Civil Veterinary Dept. Assam report 1927-50 - 1927-1950
Year: 1927
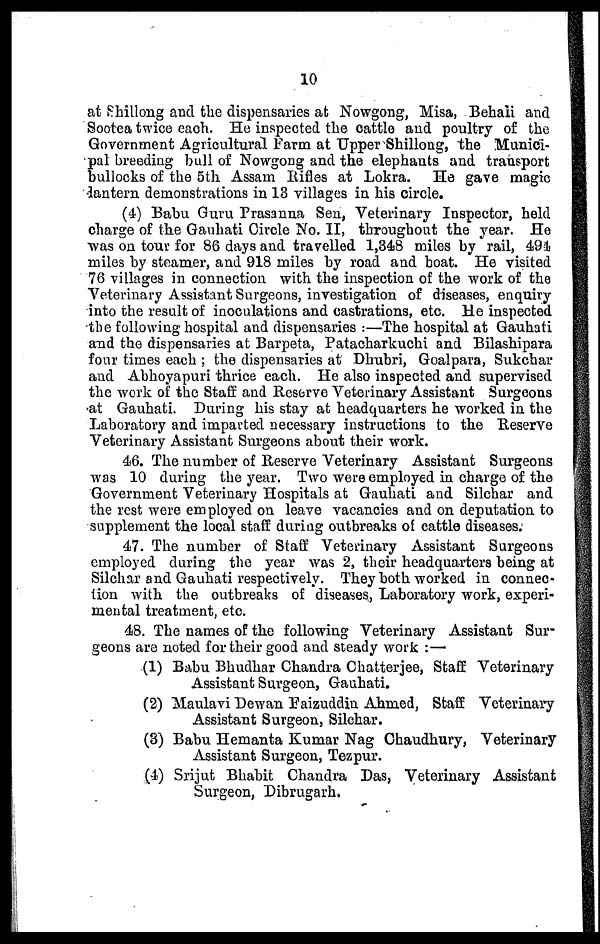
10
at Shillong and the dispensaries at Nowgong, Misa, Behaii and
Sootea twice each. He inspected the cattle and poultry of the
Government Agricultural Farm at Upper Shillong, the Munici-
pal breeding bull of Nowgong and the elephants and transport
bullocks of the 5th Assam Rifles at Lokra. He gave magic
dantern demonstrations in 13 villages in his circle.
(4) Babu Guru Prasanna Sen, Veterinary Inspector, held
charge of the Gauhati Circle No. II, throughout the year. He
was on tour for 86 days and travelled 1,348 miles by rail, 494
miles by steamer, and 918 miles by road and boat. He visited
76 villages in connection with the inspection of the work of the
Veterinary Assistant Surgeons, investigation of diseases, enquiry
into the result of inoculations and castrations, etc. He inspected
the following hospital and dispensaries :—The hospital at Gauhati
and the dispensaries at Barpeta, Patacharkuchi and Bilashipara
four times each ; the dispensaries at Dhubri, Goalpara, Sukchar
and Ahhoyapuri thrice each. He also inspected and supervised
the work of the Staff and Reserve Veterinary Assistant Surgeons
at Gauhati. During his stay at headquarters he worked in the
Laboratory and imparted necessary instructions to the Reserve
Veterinary Assistant Surgeons about their work.
46. The number of Reserve Veterinary Assistant Surgeons
was 10 during the year. Two were employed in charge of the
Government Veterinary Hospitals at Gauhati and Silchar and
the rest were employed on leave vacancies and on deputation to
supplement the local staff during outbreaks of cattle diseases.
47. The number of Staff Veterinary Assistant Surgeons
employed during the year was 2, their headquarters being at
Silchar and Gauhati respectively. They both worked in connec-
tion with the outbreaks of diseases, Laboratory work, experi-
mental treatment, etc.
48. The names of the following Veterinary Assistant Sur-
geons are noted for their good and steady work :—
(1) Babu Bhudhar Chandra Chatterjee, Staff Veterinary
Assistant Surgeon, Gauhati.
(2) Maulavi Dewan Faizuddia Ahmed, Staff Veterinary
Assistant Surgeon, Silchar.
(3) Babu Hemanta Kumar Nag Chaudhury, Veterinary
Assistant Surgeon, Tezpur.
(4) Srijut Bhabit Chandra Das, Veterinary Assistant
Surgeon, Dibrugarh.